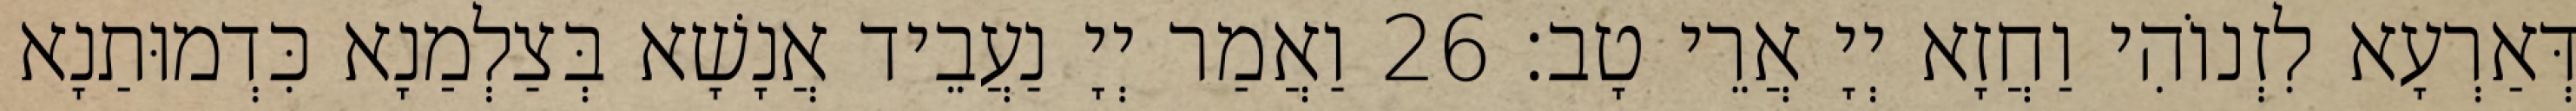
דְּאַרְעָא לִזְנוֹהִי וַחֲזָא יְיָ אֲרֵי טָב׃ 26 וַאֲמַר יְיָ נַעֲבֵיד אֲנָשָׁא בְּצַלְמַנָא כִּדְמוּתַנָא